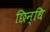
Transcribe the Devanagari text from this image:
छिन्धि